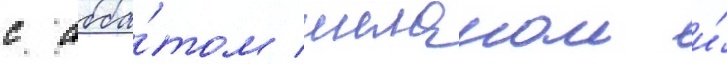
с абба́том шеланом и́